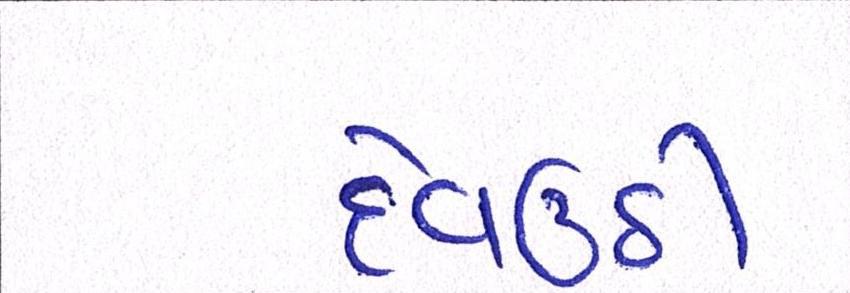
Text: દેવઉઠી